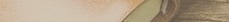
محل متخصص في بيع وتركيب أ